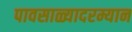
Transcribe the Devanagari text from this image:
पावसाळ्यादरम्यान